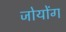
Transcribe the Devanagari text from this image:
जोयोंग